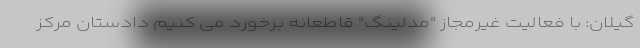
گیلان: با فعالیت غیرمجاز "مدلینگ" قاطعانه برخورد می کنیم دادستان مرکز